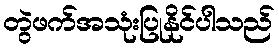
တွဲဖက်အသုံးပြုနိုင်ပါသည်